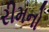
રીમનો